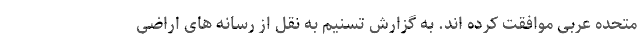
متحده عربی موافقت کرده اند. به گزارش تسنیم به نقل از رسانه های اراضی